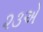
૨૩એ